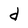
Character: d